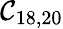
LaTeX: \mathcal{C}_{18,20}